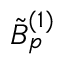
\tilde { B } _ { p } ^ { ( 1 ) }